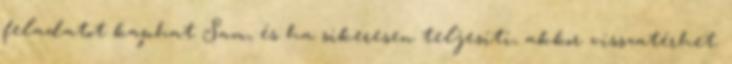
feladatot kaphat Sam, és ha sikeresen teljesíti, akkor visszatérhet.